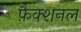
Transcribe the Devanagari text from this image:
फ़ैक्शनल